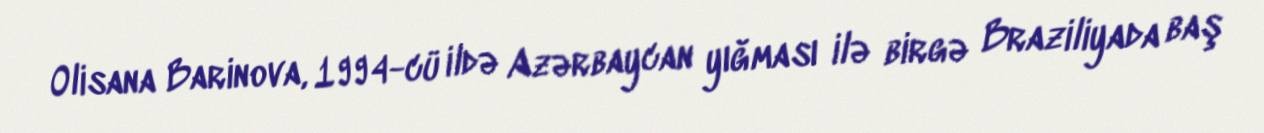
Olisana Barinova, 1994-cü ildə Azərbaycan yığması ilə birgə Braziliyada baş